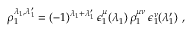
\rho _ { 1 } ^ { \lambda _ { 1 } , \lambda _ { 1 } ^ { \prime } } = ( - 1 ) ^ { \lambda _ { 1 } + \lambda _ { 1 } ^ { \prime } } \, \epsilon _ { 1 } ^ { \mu } ( \lambda _ { 1 } ) \, \rho _ { 1 } ^ { \mu \nu } \, \epsilon _ { 1 } ^ { \nu } ( \lambda _ { 1 } ^ { \prime } ) \ ,